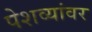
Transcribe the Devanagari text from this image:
पेशव्यांवर